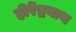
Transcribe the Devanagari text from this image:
हीरेंद्रनाथ